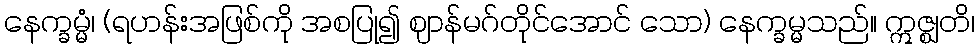
နေက္ခမ္မံ၊ (ရဟန်းအဖြစ်ကို အစပြု၍ ဈာန်မဂ်တိုင်အောင် သော) နေက္ခမ္မသည်။ ဣဇ္ဈတိ၊